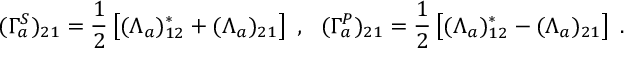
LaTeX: ( \Gamma _ { a } ^ { S } ) _ { 2 1 } = \frac { 1 } { 2 } \left[ ( \Lambda _ { a } ) _ { 1 2 } ^ { * } + ( \Lambda _ { a } ) _ { 2 1 } \right] ~ , ~ ~ ( \Gamma _ { a } ^ { P } ) _ { 2 1 } = \frac { 1 } { 2 } \left[ ( \Lambda _ { a } ) _ { 1 2 } ^ { * } - ( \Lambda _ { a } ) _ { 2 1 } \right] ~ .